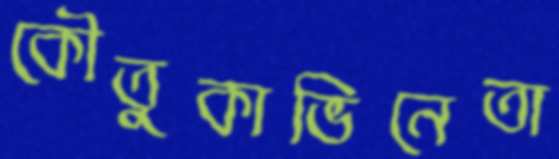
কৌতুকাভিনেতা